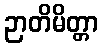
ဉာတိမိတ္တာ